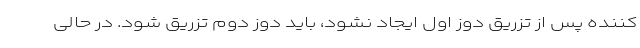
کننده پس از تزریق دوز اول ایجاد نشود، باید دوز دوم تزریق شود. در حالی